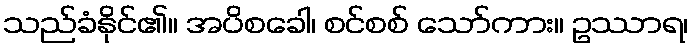
သည်ခံနိုင်၏။ အပိစခေါ၊ စင်စစ် သော်ကား။ ဥဿာရ၊